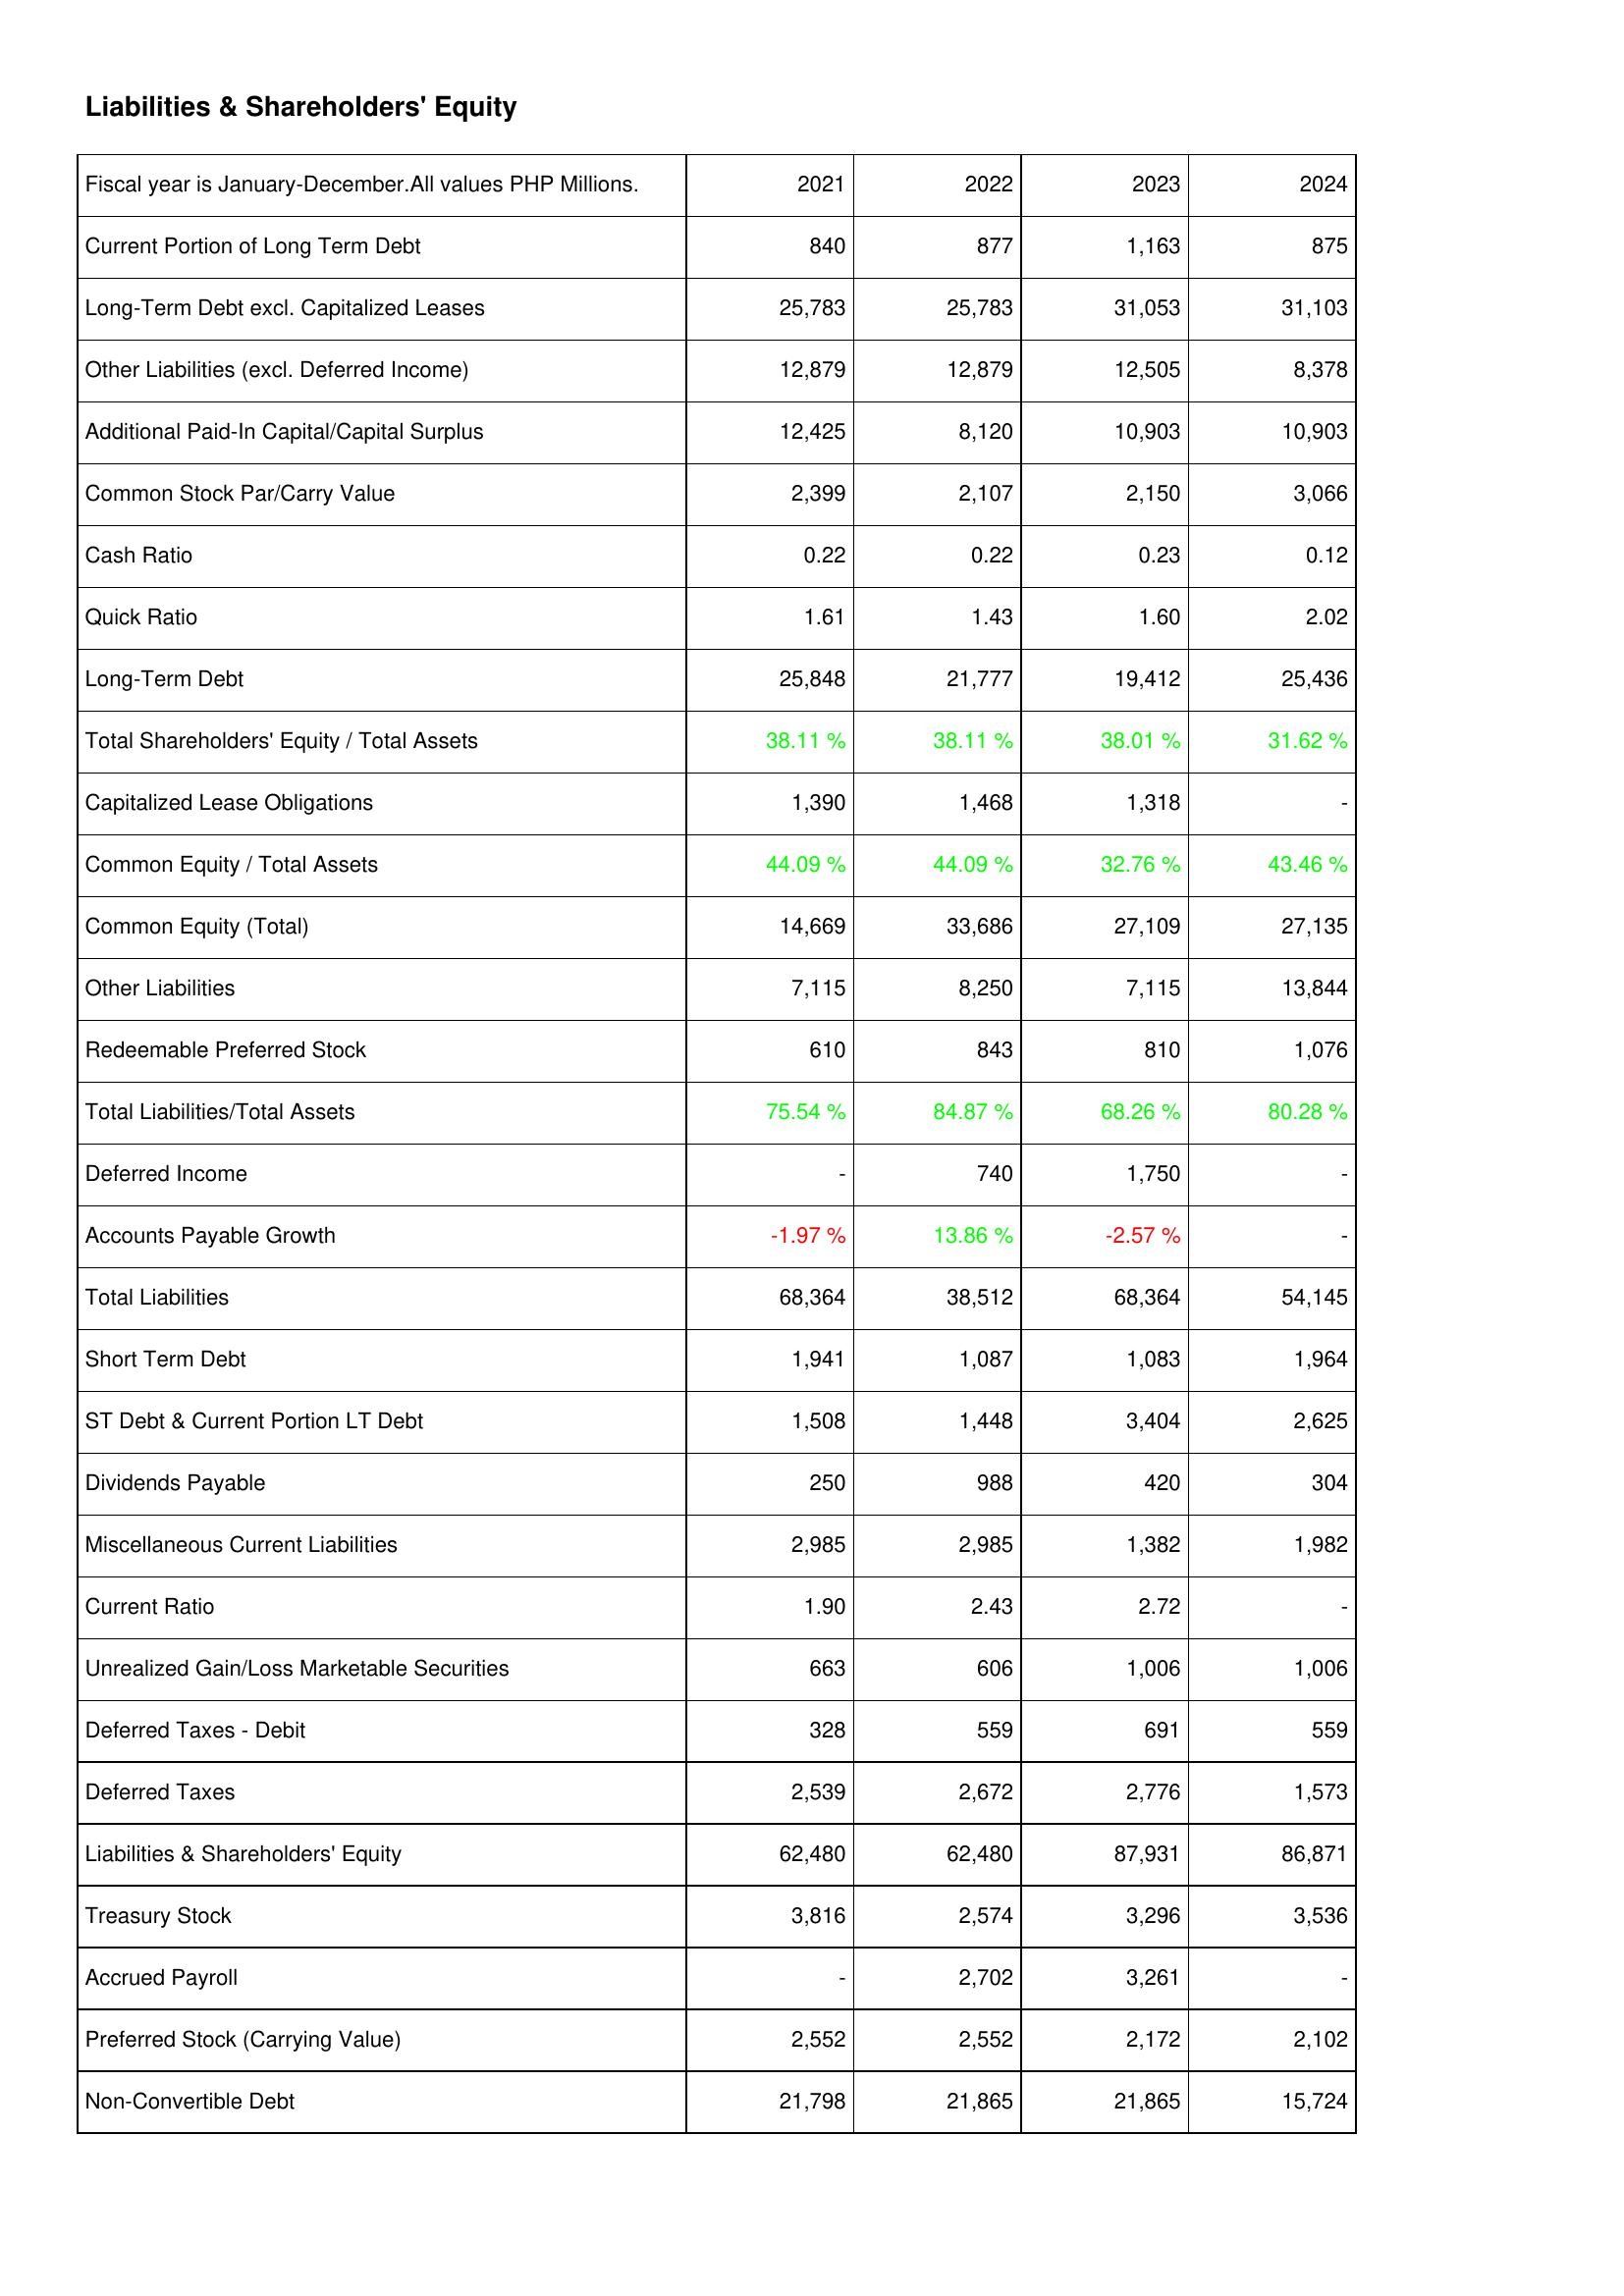
2021: Liabilities & Shareholders' Equity: Current Portion of Long Term Debt: 840
Long-Term Debt excl. Capitalized Leases: 25,783
Other Liabilities (excl. Deferred Income): 12,879
Additional Paid-In Capital/Capital Surplus: 12,425
Common Stock Par/Carry Value: 2,399
Cash Ratio: 0.22
Quick Ratio: 1.61
Long-Term Debt: 25,848
Total Shareholders' Equity / Total Assets: 38.11 %
Capitalized Lease Obligations: 1,390
Common Equity / Total Assets: 44.09 %
Common Equity (Total): 14,669
Other Liabilities: 7,115
Redeemable Preferred Stock: 610
Total Liabilities/Total Assets: 75.54 %
Deferred Income: -
Accounts Payable Growth: -1.97 %
Total Liabilities: 68,364
Short Term Debt: 1,941
ST Debt & Current Portion LT Debt: 1,508
Dividends Payable: 250
Miscellaneous Current Liabilities: 2,985
Current Ratio: 1.90
Unrealized Gain/Loss Marketable Securities: 663
Deferred Taxes - Debit: 328
Deferred Taxes: 2,539
Liabilities & Shareholders' Equity: 62,480
Treasury Stock: 3,816
Accrued Payroll: -
Preferred Stock (Carrying Value): 2,552
Non-Convertible Debt: 21,798
2022: Liabilities & Shareholders' Equity: Current Portion of Long Term Debt: 877
Long-Term Debt excl. Capitalized Leases: 25,783
Other Liabilities (excl. Deferred Income): 12,879
Additional Paid-In Capital/Capital Surplus: 8,120
Common Stock Par/Carry Value: 2,107
Cash Ratio: 0.22
Quick Ratio: 1.43
Long-Term Debt: 21,777
Total Shareholders' Equity / Total Assets: 38.11 %
Capitalized Lease Obligations: 1,468
Common Equity / Total Assets: 44.09 %
Common Equity (Total): 33,686
Other Liabilities: 8,250
Redeemable Preferred Stock: 843
Total Liabilities/Total Assets: 84.87 %
Deferred Income: 740
Accounts Payable Growth: 13.86 %
Total Liabilities: 38,512
Short Term Debt: 1,087
ST Debt & Current Portion LT Debt: 1,448
Dividends Payable: 988
Miscellaneous Current Liabilities: 2,985
Current Ratio: 2.43
Unrealized Gain/Loss Marketable Securities: 606
Deferred Taxes - Debit: 559
Deferred Taxes: 2,672
Liabilities & Shareholders' Equity: 62,480
Treasury Stock: 2,574
Accrued Payroll: 2,702
Preferred Stock (Carrying Value): 2,552
Non-Convertible Debt: 21,865
2023: Liabilities & Shareholders' Equity: Current Portion of Long Term Debt: 1,163
Long-Term Debt excl. Capitalized Leases: 31,053
Other Liabilities (excl. Deferred Income): 12,505
Additional Paid-In Capital/Capital Surplus: 10,903
Common Stock Par/Carry Value: 2,150
Cash Ratio: 0.23
Quick Ratio: 1.60
Long-Term Debt: 19,412
Total Shareholders' Equity / Total Assets: 38.01 %
Capitalized Lease Obligations: 1,318
Common Equity / Total Assets: 32.76 %
Common Equity (Total): 27,109
Other Liabilities: 7,115
Redeemable Preferred Stock: 810
Total Liabilities/Total Assets: 68.26 %
Deferred Income: 1,750
Accounts Payable Growth: -2.57 %
Total Liabilities: 68,364
Short Term Debt: 1,083
ST Debt & Current Portion LT Debt: 3,404
Dividends Payable: 420
Miscellaneous Current Liabilities: 1,382
Current Ratio: 2.72
Unrealized Gain/Loss Marketable Securities: 1,006
Deferred Taxes - Debit: 691
Deferred Taxes: 2,776
Liabilities & Shareholders' Equity: 87,931
Treasury Stock: 3,296
Accrued Payroll: 3,261
Preferred Stock (Carrying Value): 2,172
Non-Convertible Debt: 21,865
2024: Liabilities & Shareholders' Equity: Current Portion of Long Term Debt: 875
Long-Term Debt excl. Capitalized Leases: 31,103
Other Liabilities (excl. Deferred Income): 8,378
Additional Paid-In Capital/Capital Surplus: 10,903
Common Stock Par/Carry Value: 3,066
Cash Ratio: 0.12
Quick Ratio: 2.02
Long-Term Debt: 25,436
Total Shareholders' Equity / Total Assets: 31.62 %
Capitalized Lease Obligations: -
Common Equity / Total Assets: 43.46 %
Common Equity (Total): 27,135
Other Liabilities: 13,844
Redeemable Preferred Stock: 1,076
Total Liabilities/Total Assets: 80.28 %
Deferred Income: -
Accounts Payable Growth: -
Total Liabilities: 54,145
Short Term Debt: 1,964
ST Debt & Current Portion LT Debt: 2,625
Dividends Payable: 304
Miscellaneous Current Liabilities: 1,982
Current Ratio: -
Unrealized Gain/Loss Marketable Securities: 1,006
Deferred Taxes - Debit: 559
Deferred Taxes: 1,573
Liabilities & Shareholders' Equity: 86,871
Treasury Stock: 3,536
Accrued Payroll: -
Preferred Stock (Carrying Value): 2,102
Non-Convertible Debt: 15,724